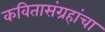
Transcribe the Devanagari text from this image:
कवितासंग्रहांचा